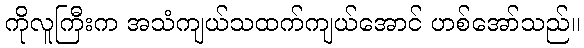
ကိုလူကြီးက အသံကျယ်သထက်ကျယ်အောင် ဟစ်အော်သည်။